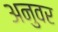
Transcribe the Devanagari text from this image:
अनुवर